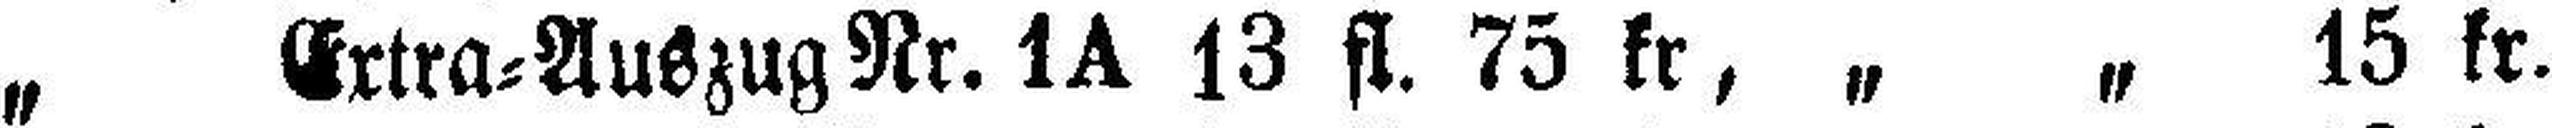
„ Extra=Auszug Nr. 1A 13 fl. 75 kr, „ „ 15 kr.